NAE_EAOK_eestikeelsed_sunnimeetrikad, lk 99
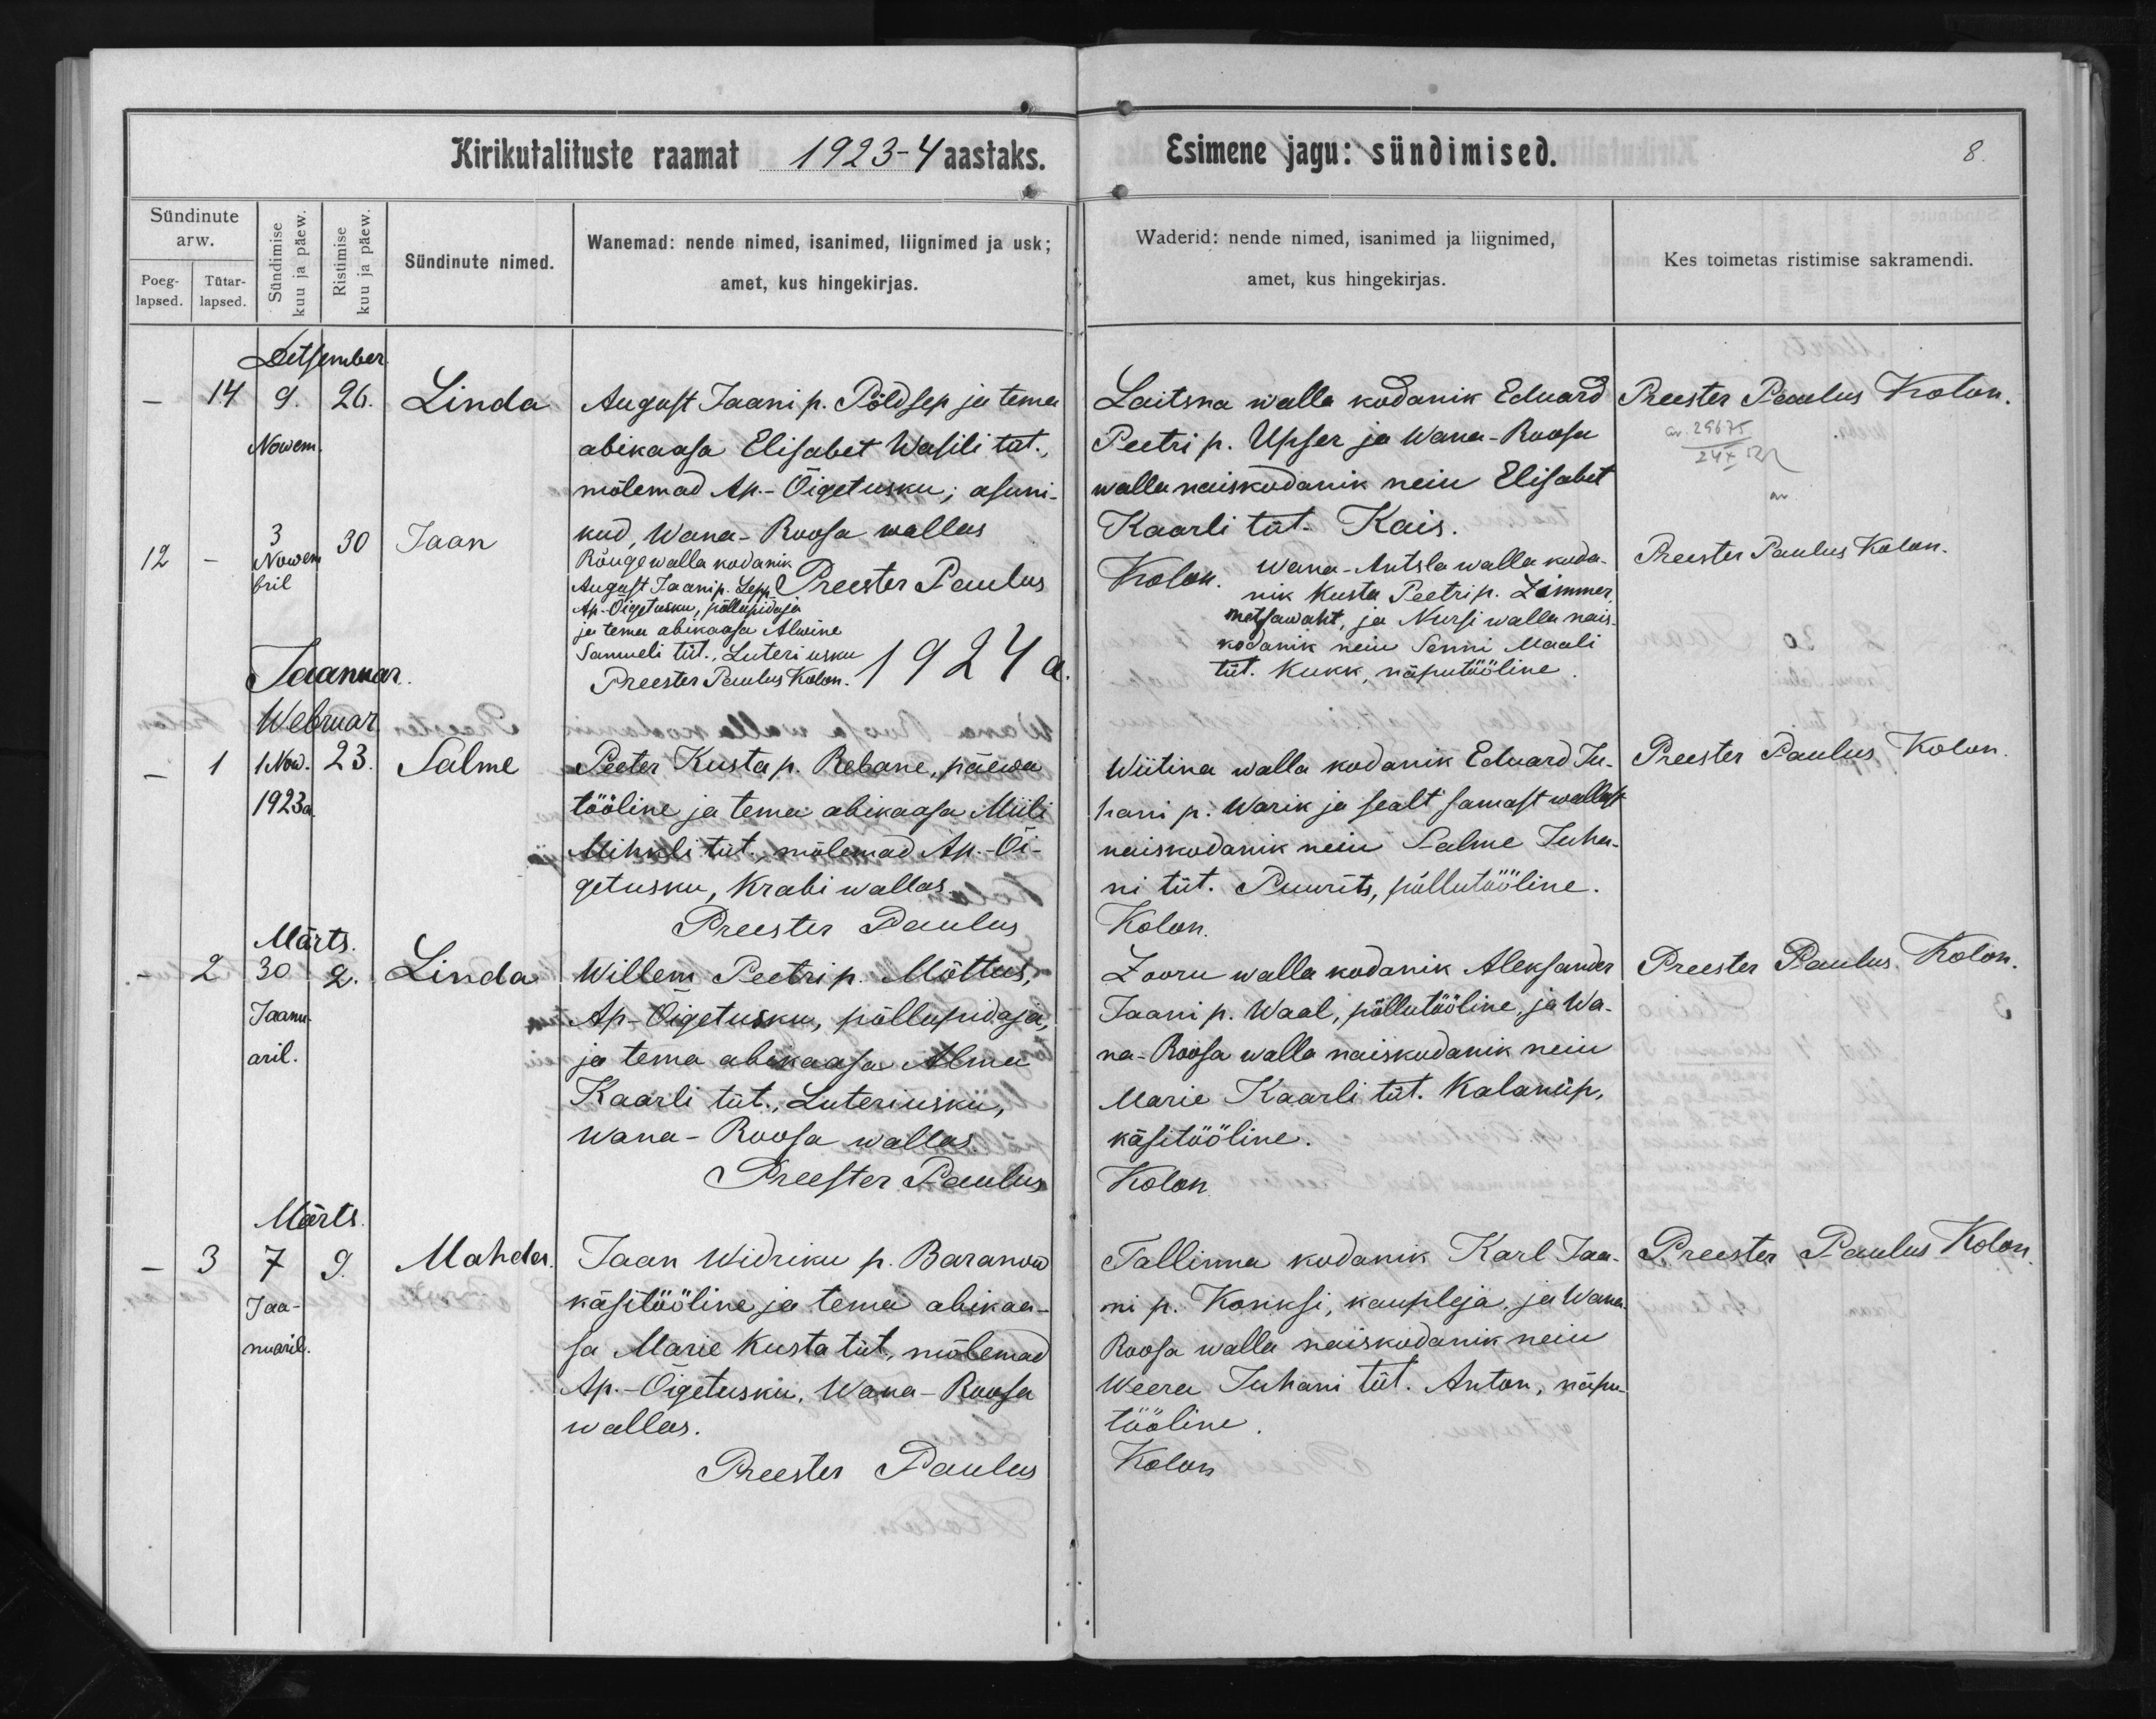
Linda

Jaan

Salme

Linda

Mahdu

August Jaani p. Põldsep ja tema
abikaasa Elisabet Wasili tüt.
mõlemad Ap.-Õigetusku; asuni-
kud, Wana-Roosa wallas

Rõuge walla kodanik
August Jaani p. Sepp
Ap.-Õigetusku, põllupidaja
ja tema abikaasa Alwine
Samueli tüt. Luteri usku

Peeter Kusta p. Rebane, päewa
tööline ja tema abikaasa Miili
Mihkli tüt., mõlemad Ap.-Õi-
getusku, Krabi wallas

Willem Peetri p. Mõttus,
Ap-Õigetusku, põllupidaja,
ja tema abikaasa Alma
Kaarli tüt., Luteriusku,
Wana-Roosa wallas.

Jaan Widriku p. Baganow
käsitööline ja tema abikaa-
sa Marie Kusta tüt, mõlemad
Ap.-Õigetusku, Wana-Roosa
wallas.